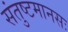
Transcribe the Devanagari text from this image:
संतुष्टमानसः